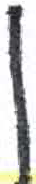
אות: ן